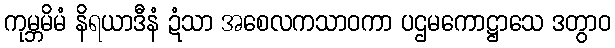
ကုမ္ဘမိမံ နိရယာဒီနံ ဍံသာ အစေလကသာဝကာ ပဌမကောဋ္ဌာသေ ဒတွာဝ